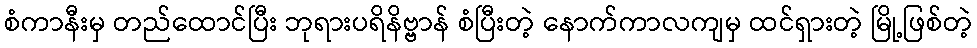
စံကာနီးမှ တည်ထောင်ပြီး ဘုရားပရိနိဗ္ဗာန် စံပြီးတဲ့ နောက်ကာလကျမှ ထင်ရှားတဲ့ မြို့ဖြစ်တဲ့